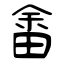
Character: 畬